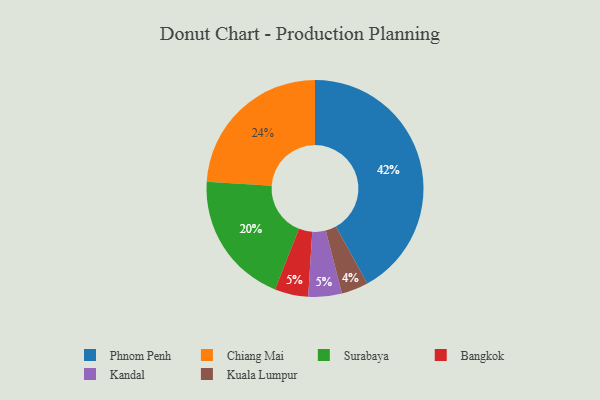
{"axis": {"x": "Category", "y": "Percentage"}, "legend": ["Bangkok", "Chiang Mai", "Kandal", "Kuala Lumpur", "Phnom Penh", "Surabaya"], "data": [{"x": "Phnom Penh", "y": 42, "type": "Phnom Penh"}, {"x": "Bangkok", "y": 5, "type": "Bangkok"}, {"x": "Surabaya", "y": 20, "type": "Surabaya"}, {"x": "Chiang Mai", "y": 24, "type": "Chiang Mai"}, {"x": "Kandal", "y": 5, "type": "Kandal"}, {"x": "Kuala Lumpur", "y": 4, "type": "Kuala Lumpur"}]}